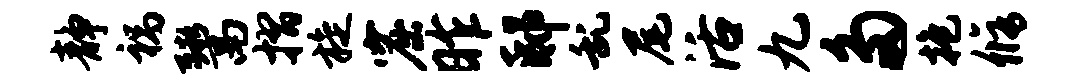
静祸鬻摺旋窟昨邸乱尾活九多抱修